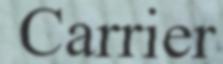
Carrier